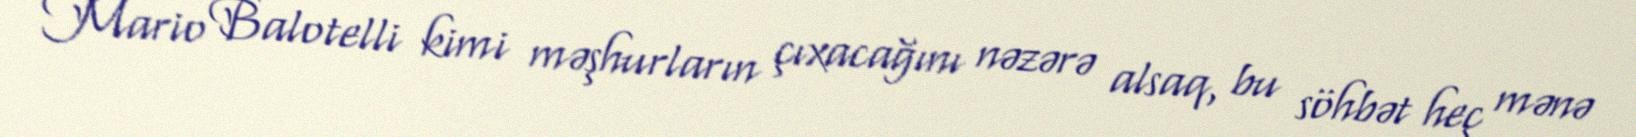
Mario Balotelli kimi məşhurların çıxacağını nəzərə alsaq, bu söhbət heç mənə